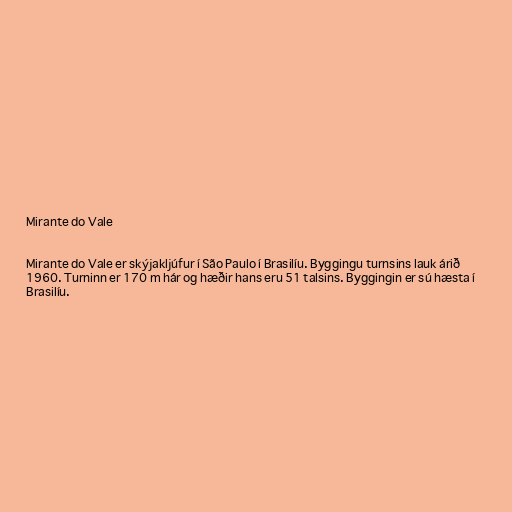
Mirante do Vale

Mirante do Vale er skýjakljúfur í São Paulo í Brasilíu. Byggingu turnsins lauk árið
1960. Turninn er 170 m hár og hæðir hans eru 51 talsins. Byggingin er sú hæsta í
Brasilíu.